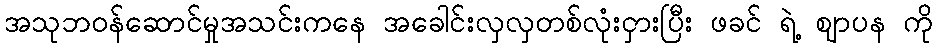
အသုဘဝန်ဆောင်မှုအသင်းကနေ အခေါင်းလှလှတစ်လုံးငှားပြီး ဖခင် ရဲ့ ဈာပန ကို